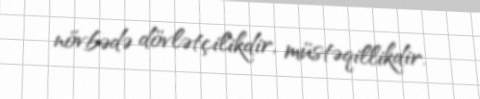
növbədə dövlətçilikdir, müstəqillikdir.